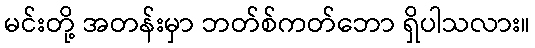
မင်းတို့ အတန်းမှာ ဘတ်စ်ကတ်ဘော ရှိပါသလား။